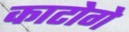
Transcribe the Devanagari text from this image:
काटोगे